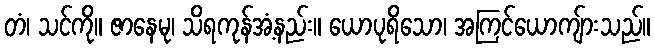
တံ၊ သင်ကို။ ဇာနေမု၊ သိရကုန်အံ့နည်း။ ယောပုရိသော၊ အကြင်ယောကျ်ားသည်။